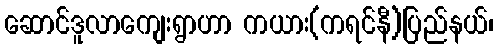
ဆောင်ဒူလာကျေးရွာဟာ ကယား(ကရင်နီ)ပြည်နယ်၊